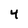
Character: 4